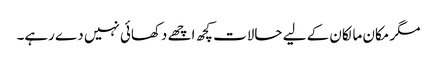
مگر مکان مالکان کے لیے حالات کچھ اچھے دکھائی نہیں دے رہے۔